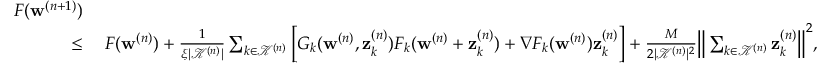
\begin{array} { r l } { F ( \mathbf { w } ^ { ( n + 1 ) } ) } & { } \\ { \leq } & { \: F ( \mathbf { w } ^ { ( n ) } ) + \frac { 1 } { \xi | \mathcal { K } ^ { ( n ) } | } \sum _ { k \in \mathcal { K } ^ { ( n ) } } \Big [ G _ { k } ( \mathbf { w } ^ { ( n ) } , \mathbf { z } _ { k } ^ { ( n ) } ) F _ { k } ( \mathbf { w } ^ { ( n ) } + \mathbf { z } _ { k } ^ { ( n ) } ) + \nabla F _ { k } ( \mathbf { w } ^ { ( n ) } ) \mathbf { z } _ { k } ^ { ( n ) } \Big ] + \frac { M } { 2 | \mathcal { K } ^ { ( n ) } | ^ { 2 } } \Big \| \sum _ { k \in \mathcal { K } ^ { ( n ) } } \mathbf { z } _ { k } ^ { ( n ) } \Big \| ^ { 2 } , } \end{array}